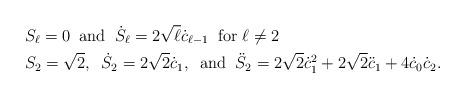
LaTeX: \begin{align*}& S_\ell = 0 \;\; \mbox{and} \;\; \dot{S}_\ell = 2 \sqrt{\ell} \dot{c}_{\ell-1} \;\; \mbox{for $\ell \neq 2$} \\& S_2 = \sqrt 2, \;\;\dot{S}_2 = 2 \sqrt{2} \dot{c}_1, \;\; \mbox{and} \;\; \ddot{S}_2 = 2 \sqrt{2} \dot{c}_1^2 + 2 \sqrt{2} \ddot{c}_1 + 4 \dot{c}_0 \dot{c}_2.\end{align*}